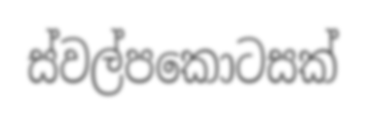
ස්වල්පකොටසක්